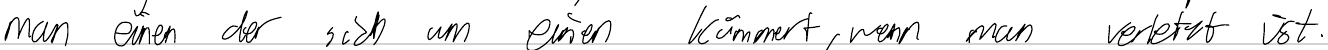
man einen der sich um einen kümmert, wenn man verletzt ist.